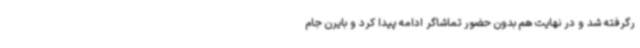
رگرفته شد و در نهایت هم بدون حضور تماشاگر ادامه پیدا کرد و بایرن جام